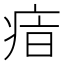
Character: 𤶓